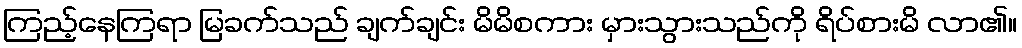
ကြည့်နေကြရာ မြခက်သည် ချက်ချင်း မိမိစကား မှားသွားသည်ကို ရိပ်စားမိ လာ၏။